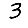
Digit: 3